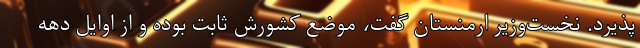
پذیرد. نخست‌وزیر ارمنستان گفت، موضع کشورش ثابت بوده و از اوایل دهه